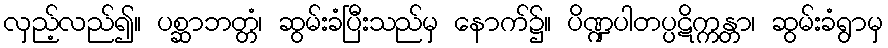
လှည့်လည်၍။ ပစ္ဆာဘတ္တံ၊ ဆွမ်းခံပြီးသည်မှ နောက်၌။ ပိဏ္ဍပါတပ္ပဋိက္ကန္တာ၊ ဆွမ်းခံရွာမှ